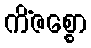
ကိံဇစ္စော